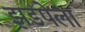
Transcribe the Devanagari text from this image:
झडपेला